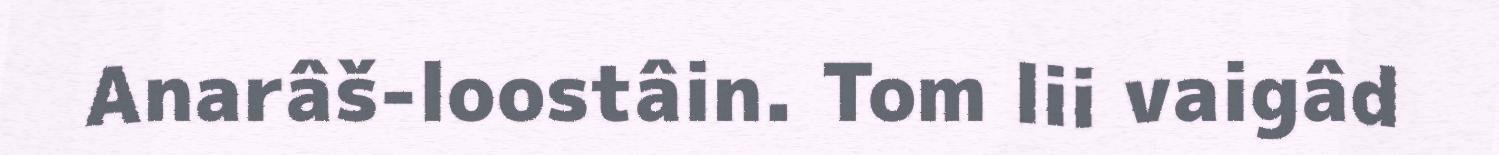
Anarâš-loostâin. Tom lii vaigâd